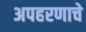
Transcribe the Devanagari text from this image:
अपहरणाचे